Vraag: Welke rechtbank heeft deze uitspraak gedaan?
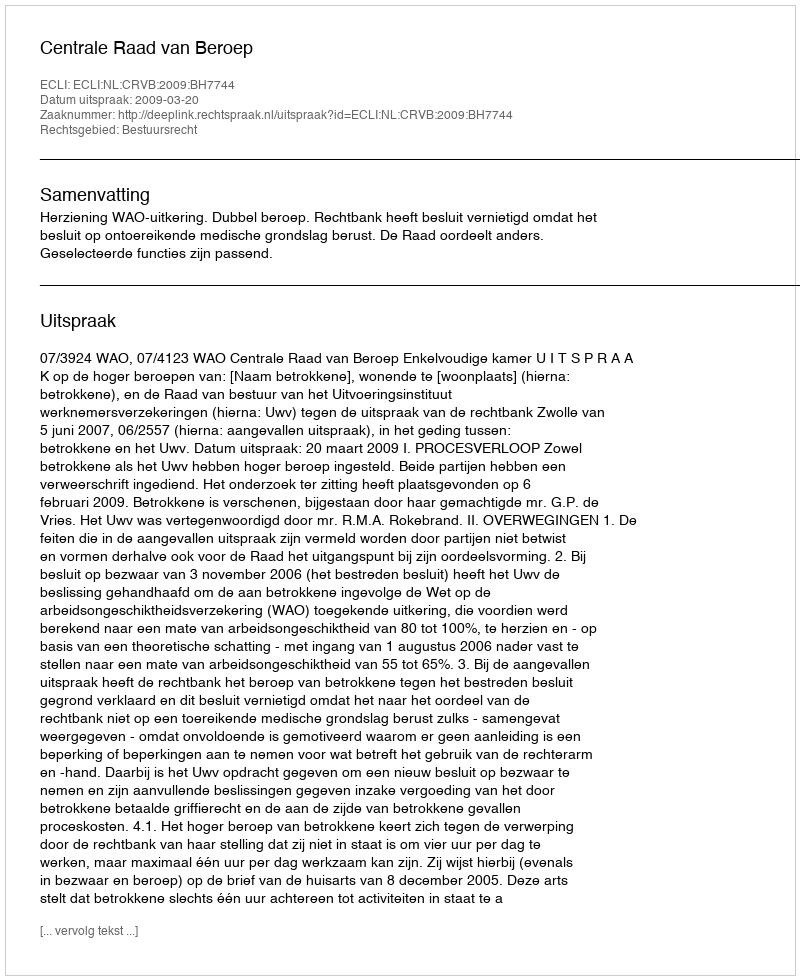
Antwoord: Centrale Raad van Beroep